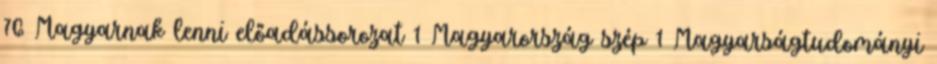
76 Magyarnak lenni előadássorozat 1 Magyarország szép 1 Magyarságtudományi